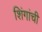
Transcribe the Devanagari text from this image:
शिंगांची